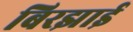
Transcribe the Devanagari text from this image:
बिरझाई